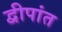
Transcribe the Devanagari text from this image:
द्वीपांत